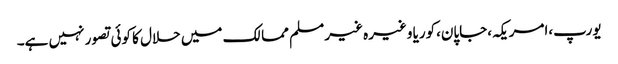
یورپ،امریکہ،جاپان،کوریا وغیرہ غیر مسلم ممالک میں حلال کا کوئی تصور نہیں ہے۔